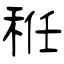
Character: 秹